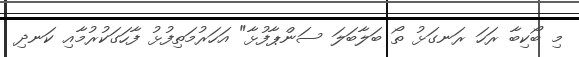
މި ބޯކިބާ ރަހަ ރަނގަޅު ތޯ ބަލާބަލަ ސަންޕާފުޅާ" އަހަރުމަތިފުޅު ފާހަގަކުރުމާއި ކަނދި